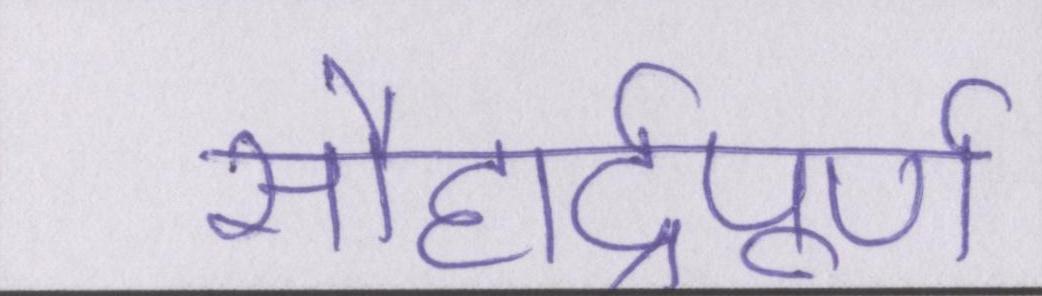
सौहार्द्रपूर्ण